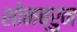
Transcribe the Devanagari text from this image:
शोनब्रुन